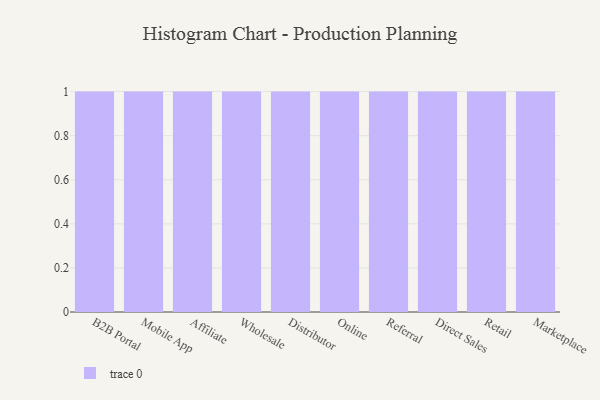
{"axis": {"x": "Channel", "y": "Humidity (%)"}, "legend": [""], "data": [{"x": "B2B Portal", "y": 27, "type": ""}, {"x": "Mobile App", "y": 11, "type": ""}, {"x": "Affiliate", "y": 55, "type": ""}, {"x": "Wholesale", "y": 5, "type": ""}, {"x": "Distributor", "y": 2, "type": ""}, {"x": "Online", "y": 77, "type": ""}, {"x": "Referral", "y": 57, "type": ""}, {"x": "Direct Sales", "y": 22, "type": ""}, {"x": "Retail", "y": 92, "type": ""}, {"x": "Marketplace", "y": 13, "type": ""}]}